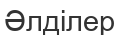
Әлділер